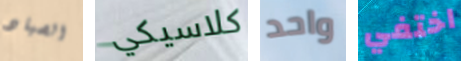
الصياد كلاسيكي واحد اختفي